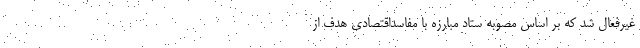
غیرفعال شد که بر اساس مصوبه ستاد ‌مبارزه‌ با مفاسد‌اقتصادی هدف از